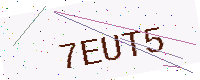
Text: 7EUT5